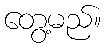
တွေ့မည်။